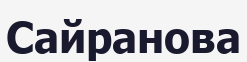
Сайранова